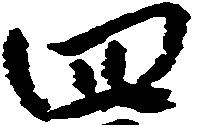
四